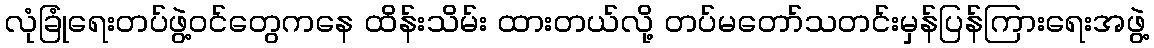
လုံခြုံရေးတပ်ဖွဲ့ဝင်တွေကနေ ထိန်းသိမ်း ထားတယ်လို့ တပ်မတော်သတင်းမှန်ပြန်ကြားရေးအဖွဲ့